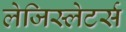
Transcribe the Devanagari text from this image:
लेजिस्लेटर्स